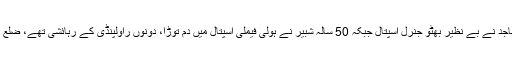
راولپنڈی میں ڈینگی بخار سے مزید 2 مریض جاں بحق ہوئے ہیں، بچے ساجد نے بے نظیر بھٹو جنرل اسپتال جبکہ 50 سالہ شبیر نے ہولی فیملی اسپتال میں دم توڑا، دونوں راولپنڈی کے رہائشی تھے، ضلع بھر میں مزید 174جبکہ صوبے میں225 شہری ڈینگی کا نشانہ بنے ہیں۔